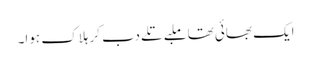
ایک بھائی تھا ملبے تلے دب کر ہلاک ہوا۔